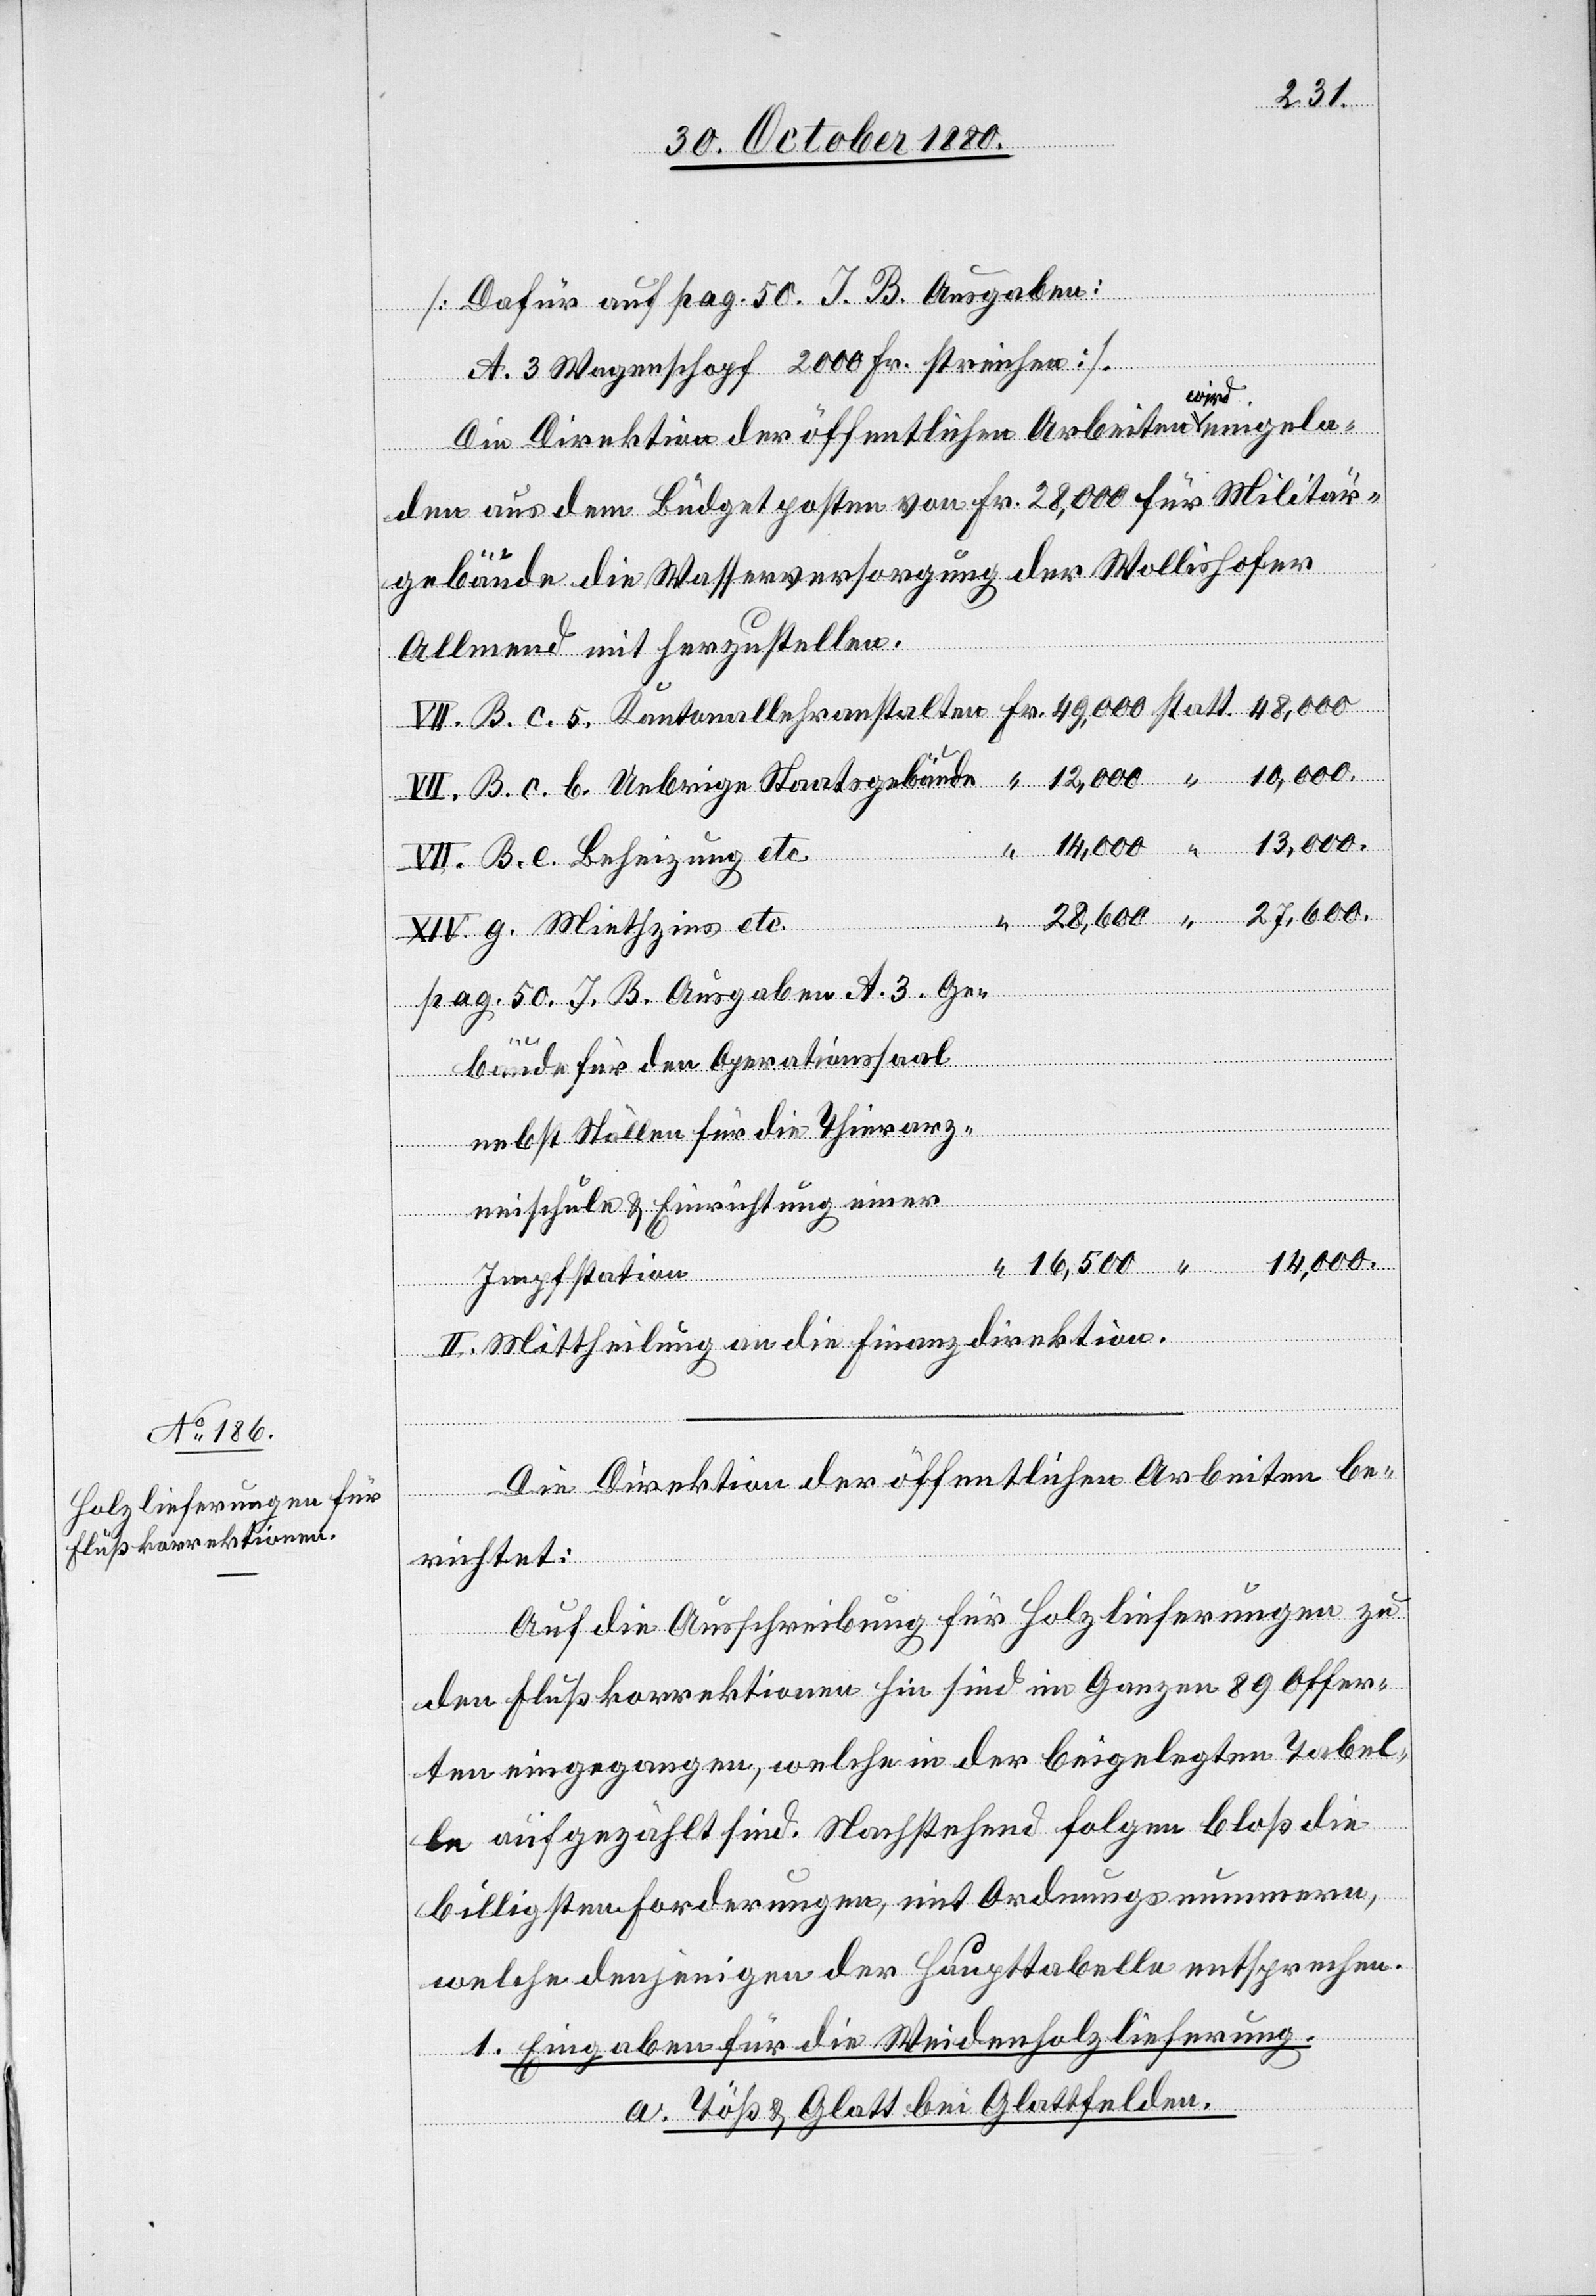
[Dafür auf pag. 50. J. B. Ausgaben:
A. 3 Wagenschopf 2000 Fr. streichen].
den aus dem Budgetposten von Fr. 28,000 für Militär¬
etc.
gebäude die Wasserversorgung der Wollishofer
Allmend mit herzustellen.
pag. 50. J. B. Ausgaben A. 3. Ge¬
bäude für den Operationssaal
nebst Ställen für die Thierarz¬
Uebrige
neischule & Einrichtung einer
Miethz¬
ins
Impfstation
“
II. Mittheilung an die Finanzdirektion.
Die Direktion der öffentlichen Arbeiten be¬
richtet:
Auf die Ausschreibung für Holzlieferungen zu
den Flußkorrektionen hin sind im Ganzen 89 Offer¬
ten eingegangen, welche in der beigelegten Tabel¬
le aufgezählt sind. Nachstehend folgen bloß die
billigsten Forderungen, mit Ordnungsnummern,
welche denjenigen der Haupttabelle entsprechen.
1. Eingaben für die Weidenholzlieferung.
a. Töß & Glatt bei Glattfelden.